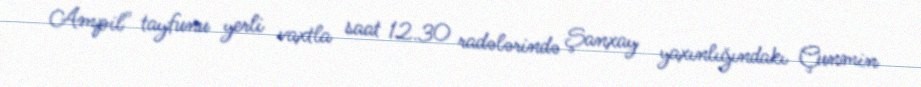
Ampil" tayfunu yerli vaxtla saat 12.30 radələrində Şanxay yaxınlığındakı Çunmin